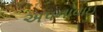
અપનાવાઇ